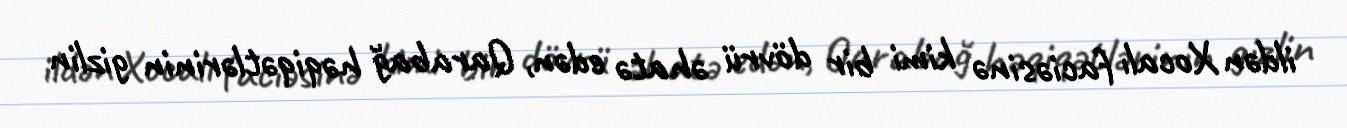
ildən Xocalı faciəsinə kimi bir dövrü əhatə edən, Qarabağ həqiqətlərinin gizlin